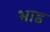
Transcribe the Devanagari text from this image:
भाड